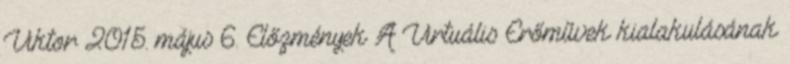
Viktor 2015. május 6. Előzmények A Virtuális Erőművek kialakulásának